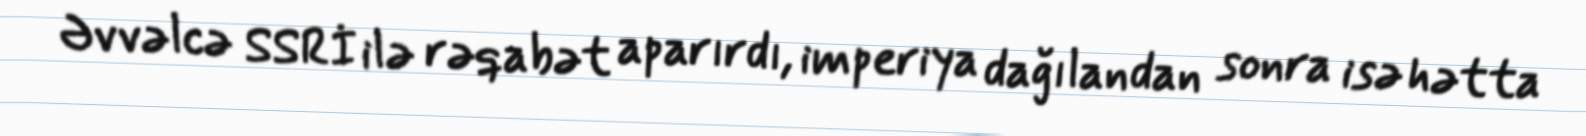
Əvvəlcə SSRİ ilə rəqabət aparırdı, imperiya dağılandan sonra isə hətta